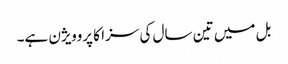
بل میں تین سال کی سزا کا پروویژن ہے۔